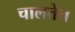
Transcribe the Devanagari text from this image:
चालतेच